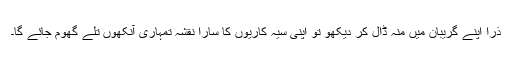
ذرا اپنے گریبان میں منہ ڈال کر دیکھو تو اپنی سیہ کاریوں کا سارا نقشہ تمہاری آنکھوں تلے گھوم جائے گا۔